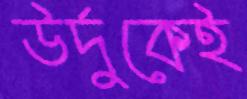
উর্দুকেই